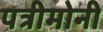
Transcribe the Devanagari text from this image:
पत्रीमोनी